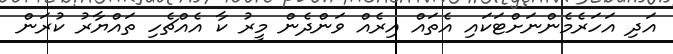
އަދި އަހަރެމެންނަށްޓަކައި އެތައް އިރެއް ވަންދެން މީރު ކާ އެއްޗެހި ތައްޔާރު ކުރަން